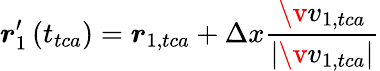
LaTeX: \boldsymbol{r}_{1}^{\prime}\left(t_{tca}\right)=\boldsymbol{r}_{1,tca}+\Delta x\frac{\v{v}_{1,tca}}{\left|\v{v}_{1,tca}\right|}